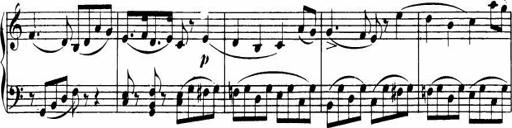
Title: Le bouquetier
Composer: Anton Diabelli
Key: G major
 C major
 F major
 C major